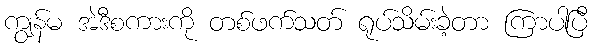
ကျွန်မ အဲဒီစကားကို တစ်ဖက်သတ် ရုပ်သိမ်းခဲ့တာ ကြာပါပြီ